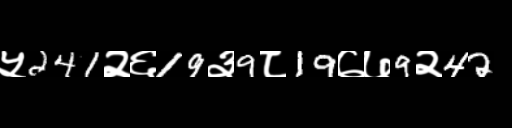
Text: ५241२६19३9८19७७9२42